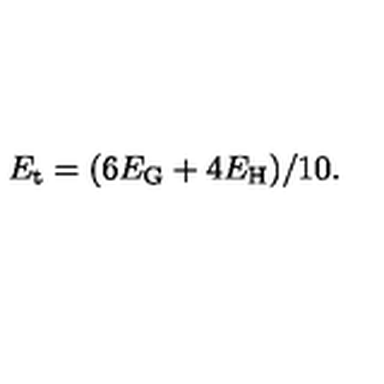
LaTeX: E _ { \mathrm { t } } = ( 6 E _ { \mathrm { G } } + 4 E _ { \mathrm { H } } ) / 1 0 .